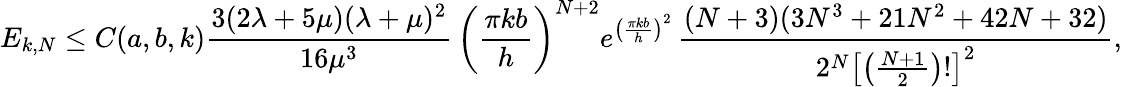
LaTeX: E_{k,N}\leq C(a,b,k)\frac{3(2\lambda+5\mu)(\lambda+\mu)^{2}}{16\mu^{3}}\, \left(\frac{\pi kb}h\right)^{N+2}e^{\left(\frac{\pi kb}h\right)^{2}}\, \frac{(N+3)(3N^{3}+21N^{2}+42N+32)}{2^{N}\left[\left(\frac{N+1}{2}\right)!\right]^{2}},